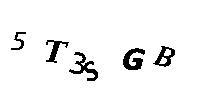
5T3SGB